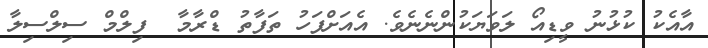
އާއެކު ކުޅުނު ވީޑިއޯ ލަވަޔަކުންނެނެވެ. އެއަށްފަހު ތަފާތު ޑްރާމާ  ފިލްމް ސިލްސިލާ